Civil Veterinary Department Bihar & Orissa reports 1911-21 - 1911-1921
Year: 1911
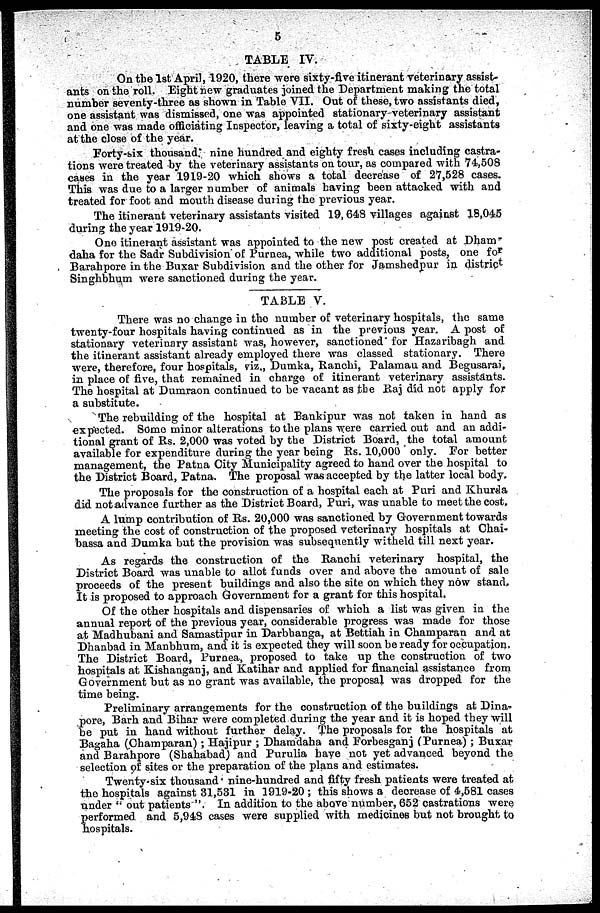
5
TABLE IV.
On the 1st April, 1920, there were sixty-five itinerant veterinary assist-
ants on the roll. Eight new graduates joined the Department making the total
number seventy-three as shown in Table VII. Out of these, two assistants died,
one assistant was dismissed, one was appointed stationary-veterinary assistant
and one was made officiating Inspector, leaving a total of sixty-eight assistants
at the close of the year.
Forty-six thousand, nine hundred and eighty fresh cases including castra-
tions were treated by the veterinary assistants on tour, as compared with 74,508
cases in the year 1919-20 which shows a total decrease of 27,528 cases.
This was due to a larger number of animals having been attacked with and
treated for foot and mouth disease during the previous year.
The itinerant veterinary assistants visited 19, 648 villages against 18,045
during the year 1919-20.
One itinerant assistant was appointed to the new post created at Dham-
daha for the Sadr Subdivision of Purnea, while two additional posts, one for
Barahpore in the Buxar Subdivision and the other for Jamshedpur in district
Singhbhum were sanctioned during the year.
TABLE V.
There was no change in the number of veterinary hospitals, the same
twenty-four hospitals having continued as in the previous year. A post of
stationary veterinary assistant was, however, sanctioned for Hazaribagh and
the itinerant assistant already employed there was classed stationary. There
were, therefore, four hospitals, viz., Dumka, Ranchi, Palamau and Begusarai,
in place of five, that remained in charge of itinerant veterinary assistants.
The hospital at Dumraon continued to be vacant as the Raj did not apply for
a substitute.
The rebuilding of the hospital at Bankipur was not taken in hand as
expected. Some minor alterations to the plans were carried out and an addi-
tional grant of Rs. 2,000 was voted by the District Board, the total amount
available for expenditure during the year being Rs. 10,000 only. For better
management, the Patna City Municipality agreed to hand over the hospital to
the District Board, Patna. The proposal was accepted by the latter local body,
The proposals for the construction of a hospital each at Puri and Khurda
did not advance further as the District Board, Puri, was unable to meet the cost,
A lump contribution of Rs. 20,000 was sanctioned by Government towards
meeting the cost of construction of the proposed veterinary hospitals at Chai-
bassa and Dumka but the provision was subsequently witheld till next year.
As regards the construction of the Ranchi veterinary hospital, the
District Board was unable to allot funds over and above the amount of sale
proceeds of the present buildings and also the site on which they now stand.
It is proposed to approach Government for a grant for this hospital.
Of the other hospitals and dispensaries of which a list was given in the
annual report of the previous year, considerable progress was made for those
at Madhubani and Samastipur in Darbhanga, at Bettiah in Champaran and at
Dhanbad in Manbhum, and it is expected they will soon be ready for occupation.
The District Board, Purnea, proposed to take up the construction of two
hospitals at Kishanganj, and Katihar and applied for financial assistance from
Government but as no grant was available, the proposal was dropped for the
time being.
Preliminary arrangements for the construction of the buildings at Dina-
pore, Barh and Bihar were completed during the year and it is hoped they will
be put in hand without further delay. The proposals for the hospitals at
Bagaha (Champaran) ; Hajipur ; Dhamdaha and Forbesganj (Purnea) ; Buxar
and Barahpore (Shahabad) and Purulia have not yet advanced beyond the
selection of sites or the preparation of the plans and estimates.
Twenty six thousand nine-hundred and fifty fresh patients were treated at
the hospitals against 31,531 in 1919-20 ; this shows a decrease of 4,581 cases
under " out patients ". In addition to the above number, 652 castrations were
performed and 5,948 cases were supplied with medicines but not brought to
hospitals.